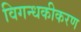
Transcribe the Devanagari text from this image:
विगन्धकीकरण